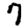
Digit: 7